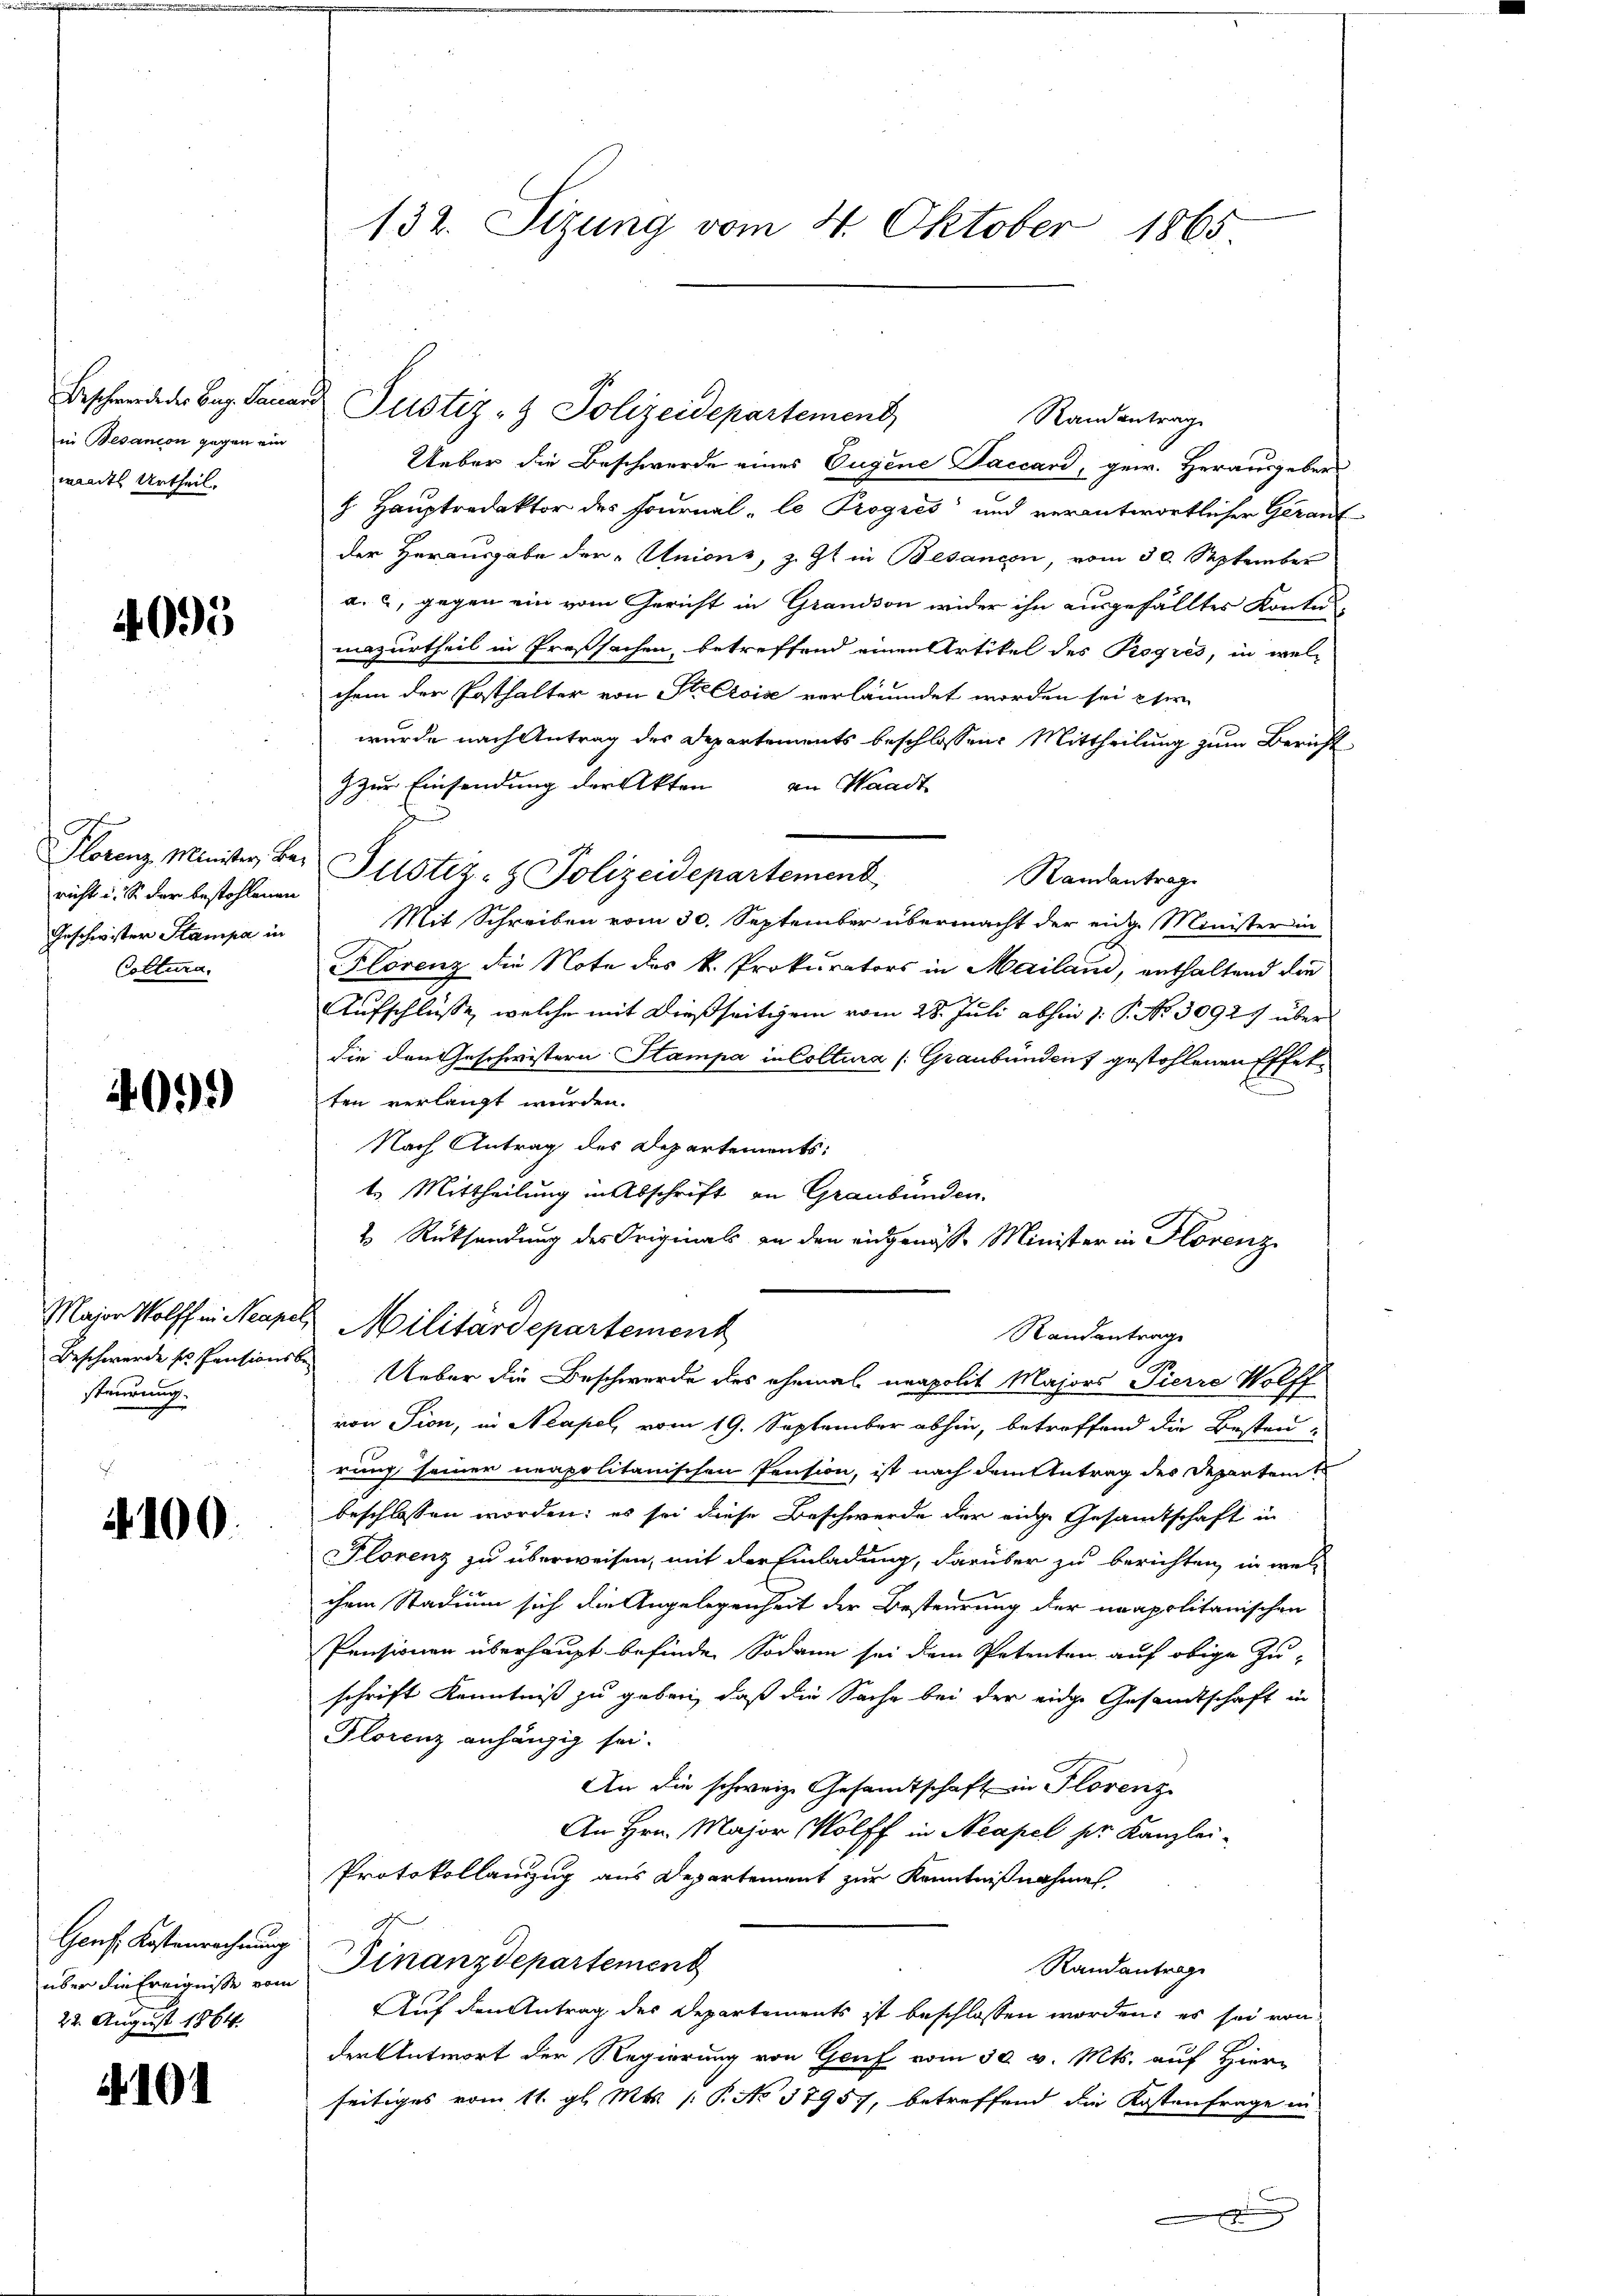
in Besandon gegen ein
wandts Urtheil.

4095

Plorenz Minister, Ba-
richt u. So der bestohlenen
Geschwister Stampa in
Coclura.

40.)

Major Wolff in Neap
Beschwerde zu Pensions
steurung

4100.

Genf Kostenrechnung
über die Ereignisse vom
22. August 1864.

132. Sizung vom 4. Oktober 1865

Ueber die Beschwerde eines Augene Saccard, gew. Herausgebers
h. Hauptredaktor des Journal - le Progres und verantwortlicher Gerant
der Herausgabe der "Unions, z. Zt. in Besançon, vom 30. September
a. 2, gegen ein vom Gericht in Grandson wider ihn ausgefälltes Kontus-
mazurtheil in Preßsachen, betreffend einen Artikel des Proques, in welchem der Posthalter von Stecrois verläumdet worden sei eser
wurde nach Antrag des Departements beschlossene Mittheilung zum Bericht
) zur Einsendung der Akten an Waadt
Justiz- & Polizeidepartement
Randantrage
Mit Schreiben vom 30. September übermacht der eidg. Minister in
Florenz die Note des k. Prokurators in Mailand, enthaltend die
Aufschlüsse, welche mit dießseitigem vom 28. Juli abhin 1: P. Nr. 30925 über
die den Geschwistern Stampa in Coltura (Graubünden gestohlenen Effekten verlangt wurden.
Nach Antrag des Departements:
t. Mittheilung in Abschrift an Graubünden.
2 Rücksendung des Originals an den eidgenosse Minister in Horenz
2 Militärdepartement
Randantrage
Ueber die Beschwerde des ehemal neapolit Majors Pierre Wolff
von Pion, in Neapel, vom 19. September abhin, betreffend die Besten-
rung seiner neapolitanischen Pension, ist nach dem Antrag der Departent
beschlossen worden; es sei diese Beschwerde der eige Gesandtschaft in
Plorenz zu überweisen, mit der Einladung, darüber zu berichten, in wel-
chem Stadium sich die Angelegenheit der Besteurung der neapolitanischen
Pensionen überhaupt befinde. Sodann sei dem Petenten auf obige Zu-
schrift Kenntniß zu geben, daß die Sache bei der eidge Gesandtschaft in
Florenz anhängig sei.
An die schweiz. Gesandtschaft in Florenz
An Hrn. Major Wolff in Neapel ser Kanzlei-
Protokollanzug aus Departement zur Kenntnißnahmen,
z
Finanzdepartement
Randantrage
Auf den Antrag des Departements ist beschlossen worden, es sei von
den Antwort der Regierung von Genf vom 30. v. Mts. auf Hier-
seitiges vom 11. gl. Mts. (T. No 37957, betreffend die Kostenfrage in

Beschwerde der Bez. Sauer Justiz- & Polizeidepartement

Randantrag